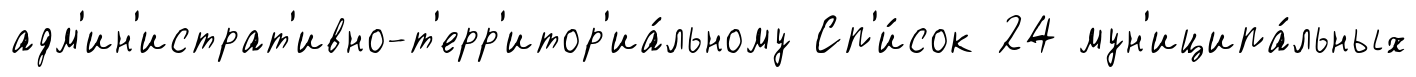
адм'ин'истрат'ивно-т'ерр'итор'иа́льному Сп'и́сок 24 мун'иципа́льных